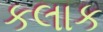
કલાક